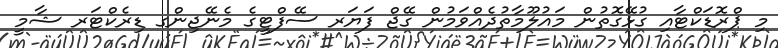
މި ޕްރޮޑަކްޓާއި ގުޅޭގޮތުން މައުލޫމާތުދެއްވަމުން ގޭޖް ފަޔަރ ސޭފްޓީގެ މެނޭޖިންގ ޑިރެކްޓަރ ޝާމީ